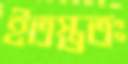
ইতস্ততঃ